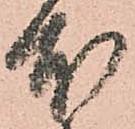
本